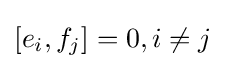
[e_{i},f_{j}]=0,i\neq j